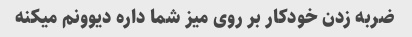
ضربه زدن خودکار بر روی میز شما داره دیوونم میکنه